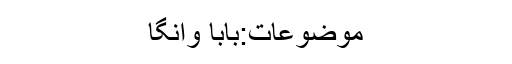
موضوعات:بابا وانگا